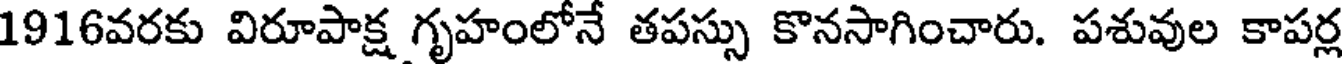
1916వరకు విరూపాక్ష గృహంలోనే తపస్సు కొనసాగించారు. పశువుల కాపర్ల